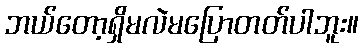
ဘယ်တော့ရှိမလဲမပြောတတ်ပါဘူး။